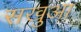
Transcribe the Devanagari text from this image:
सखुआ